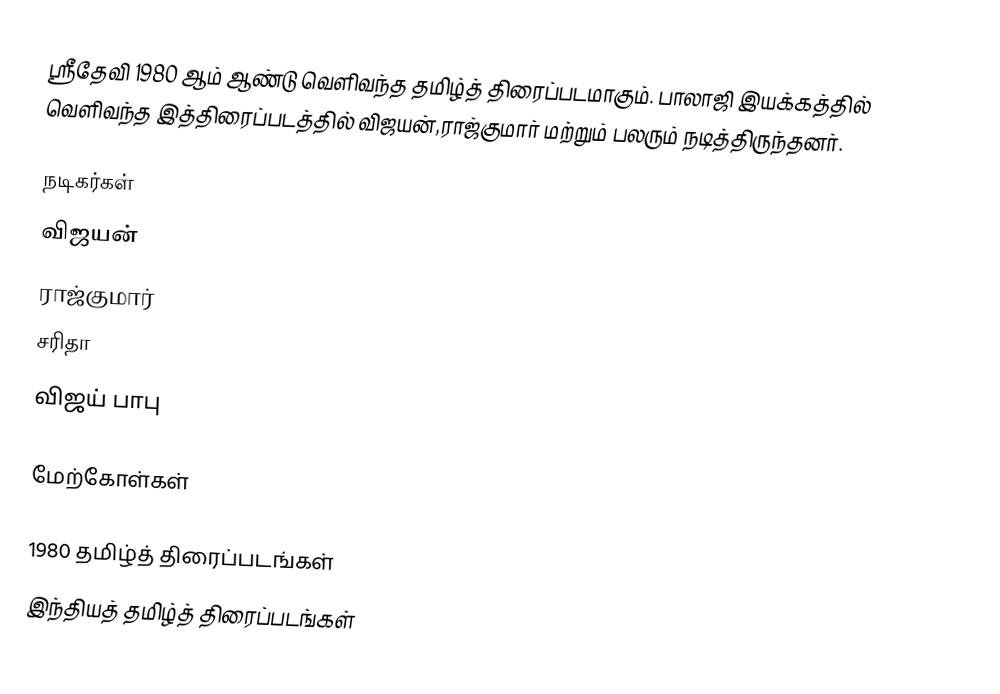
ஸ்ரீதேவி 1980 ஆம் ஆண்டு வெளிவந்த தமிழ்த் திரைப்படமாகும். பாலாஜி இயக்கத்தில் வெளிவந்த இத்திரைப்படத்தில் விஜயன்,ராஜ்குமார் மற்றும் பலரும் நடித்திருந்தனர்.

நடிகர்கள்
 விஜயன்
 ராஜ்குமார்
 சரிதா
 விஜய் பாபு

மேற்கோள்கள்

1980 தமிழ்த் திரைப்படங்கள்
இந்தியத் தமிழ்த் திரைப்படங்கள்